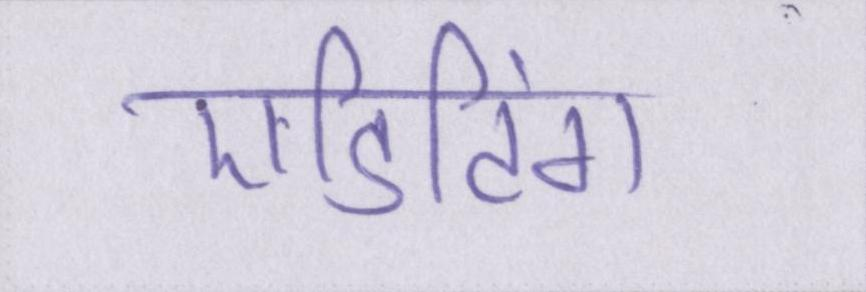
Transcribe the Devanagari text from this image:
एडिटिंग